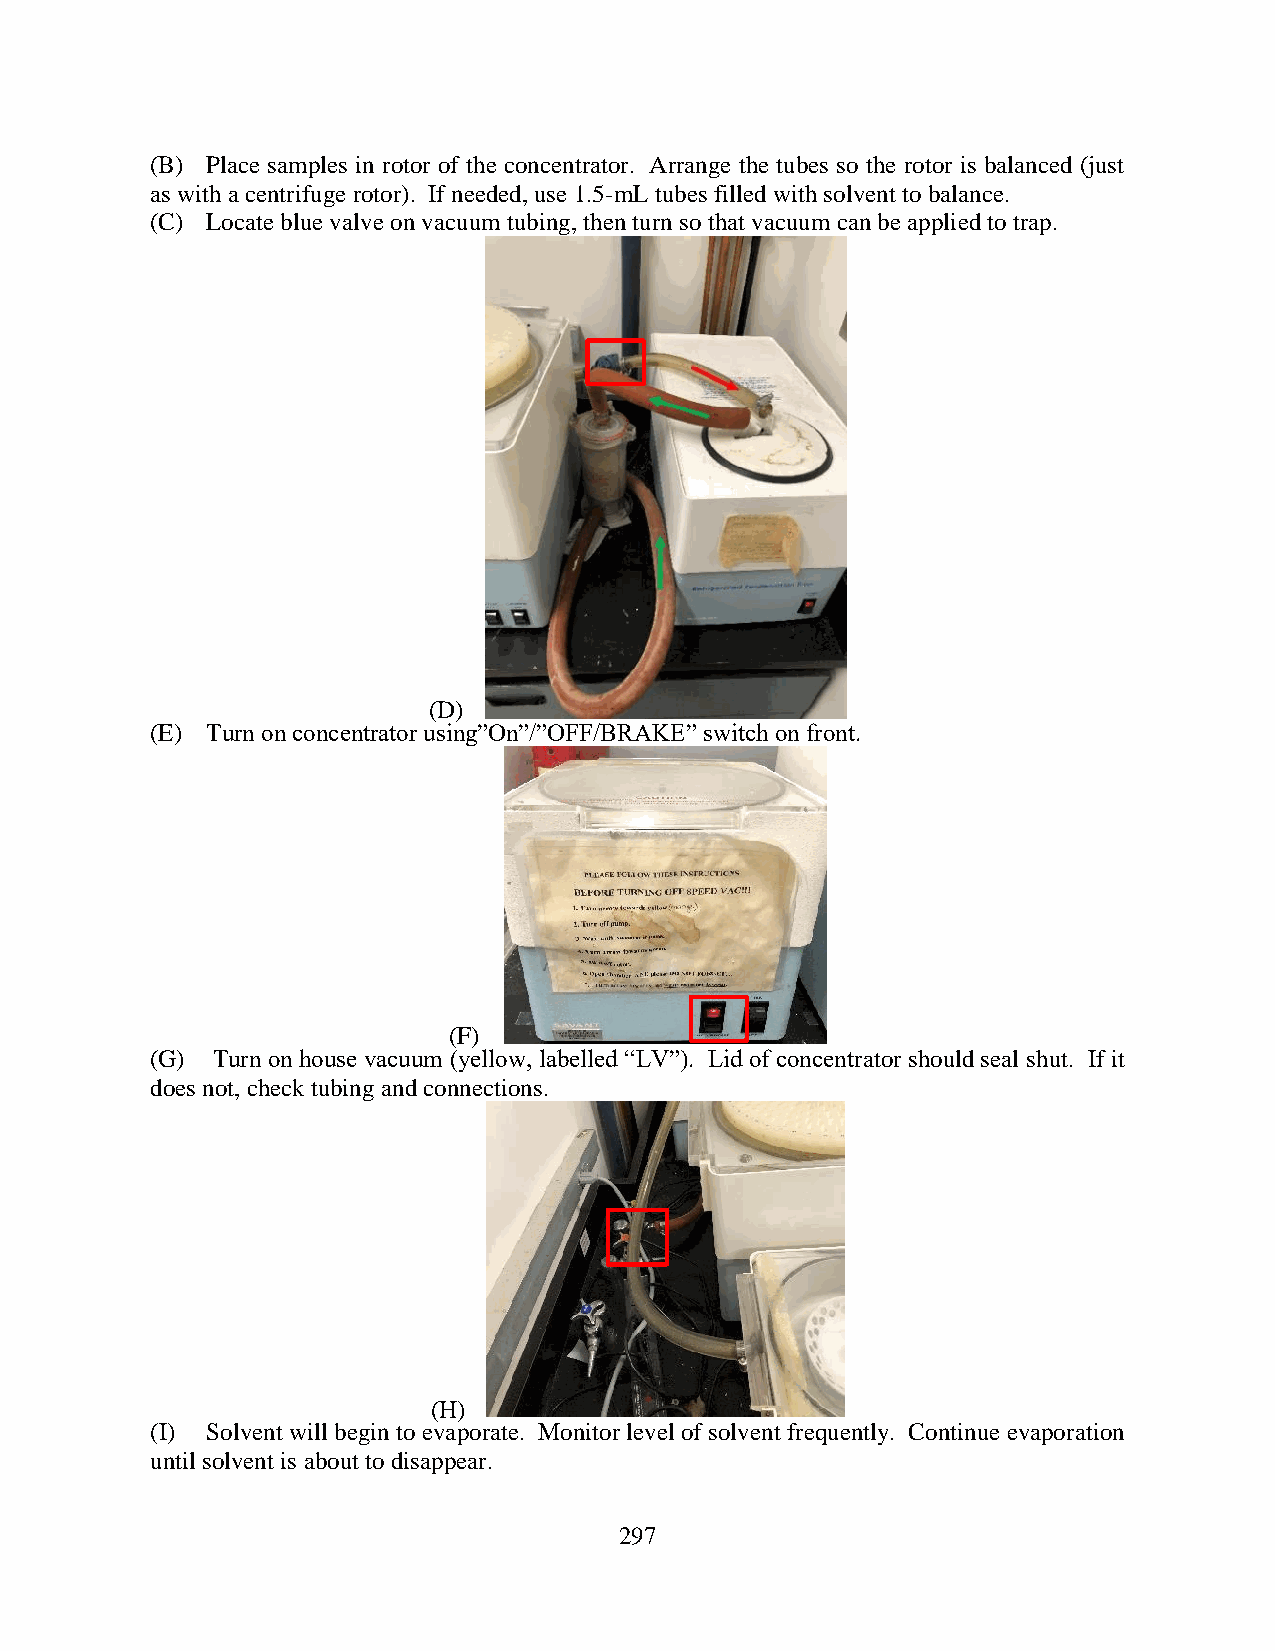
(B) Place samples in rotor of the concentrator. Arrange the tubes so the rotor is balanced (just
 as with a centrifuge rotor). If needed, use 1.5-mL tubes filled with solvent to balance.
 (C) Locate blue valve on vacuum tubing, then turn so that vacuum can be applied to trap.
 (D)
 (E) Turn on concentrator using”On”/”OFF/BRAKE” switch on front.
 (F)
 (G) Turn on house vacuum (yellow, labelled “LV”). Lid of concentrator should seal shut. If it
 does not, check tubing and connections.
 (H)
 (I) Solvent will begin to evaporate. Monitor level of solvent frequently. Continue evaporation
 until solvent is about to disappear.
 297